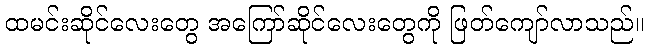
ထမင်းဆိုင်လေးတွေ အကြော်ဆိုင်လေးတွေကို ဖြတ်ကျော်လာသည်။